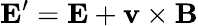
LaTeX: \mathbf{E}^{\prime}=\mathbf{E}+\mathbf{v}\times\mathbf{B}